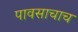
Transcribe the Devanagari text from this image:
पावसाचाच